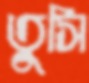
তুসি